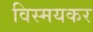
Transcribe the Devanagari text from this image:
विस्मयकर